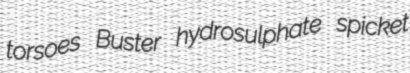
torsoes Buster hydrosulphate spicket